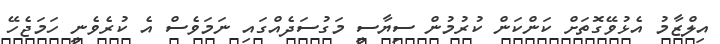
އިލްޒާމު އެޅުވޭގޮތަށް ކަންކަން ކުރުމުން ސިޔާސީ މަގުސަދެއްގައި ނަމަވެސް އެ ކުރެވެނީ ހަމަޖެހޭ